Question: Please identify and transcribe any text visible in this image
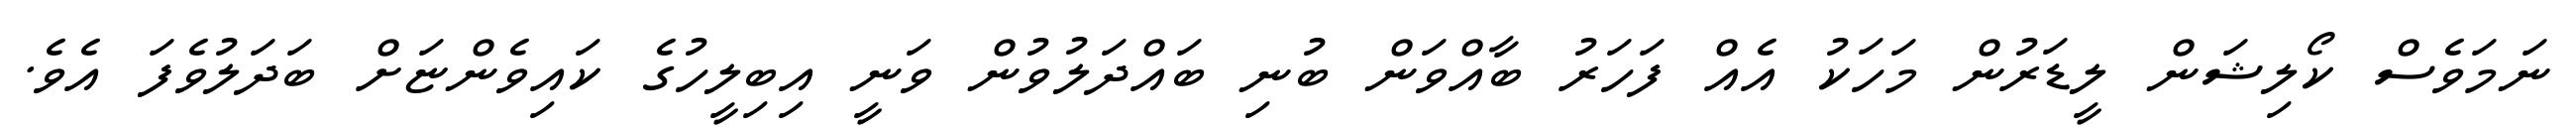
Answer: ނަމަވެސް ކޯލިޝަން ލީޑަރުން މަހަކު އެއް ފަހަރު ބާއްވަން ބުނި ބައްދަލުވުން ވަނީ އިބިލީހުގެ ކައިވެންޏަށް ބަދަލުވެފަ އެވެ.